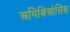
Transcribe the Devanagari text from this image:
अमिबिओसिस